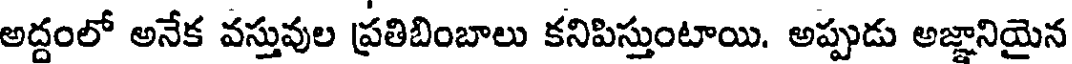
అద్దంలో అనేక వస్తువుల ప్రతిబింబాలు కనిపిస్తుంటాయి. అప్పుడు అజ్ఞానియైన